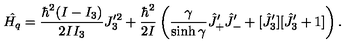
\hat { H _ { q } } = \frac { \hbar ^ { 2 } ( I - I _ { 3 } ) } { 2 I I _ { 3 } } J _ { 3 } ^ { \prime 2 } + \frac { \hbar ^ { 2 } } { 2 I } \left( \frac { \gamma } { \sinh \gamma } \hat { J } _ { + } ^ { \prime } \hat { J } _ { - } ^ { \prime } + [ \hat { J } _ { 3 } ^ { \prime } ] [ \hat { J } _ { 3 } ^ { \prime } + 1 ] \right) .